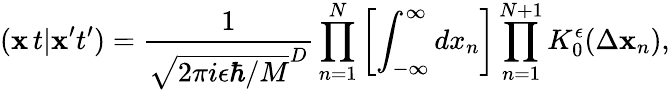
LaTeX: ({\mathbf x}\, t\vert{\mathbf x}^{\prime}t^{\prime})=\frac{1}{\sqrt{2\pi i\epsilon\hbar/M}^{D}}\prod_{n=1}^{N}\left[\int_{-\infty}^{\infty}dx_{n}\right]\prod_{n=1}^{N+1}K_{0}^{\epsilon}(\Delta{\mathbf x}_{n}),